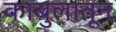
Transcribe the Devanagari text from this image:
काबुलातून